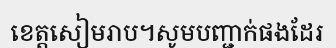
ខេត្តសៀមរាប។សូមបញ្ជាក់ផងដែរ